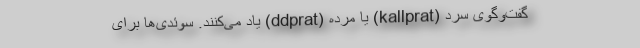
گفت‌و‌گوی سرد (kallprat) یا مرده (ddprat) یاد می‌کنند. سوئدی‌ها برای